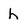
Character: h